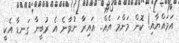
އަމައްޔާއި! ކޮން މަންމަ އެއް.. އައިރާ ނުވާނެ އެ ރުބީނާ ގަނޑާ އެކީ